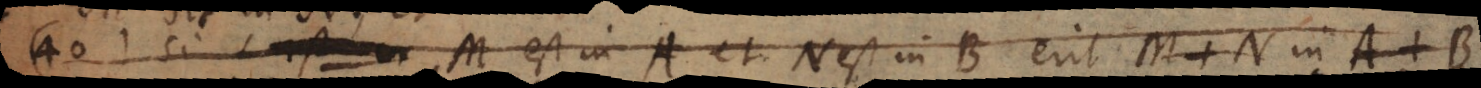
42) Si M est in A, et N est in B erit M + N in A +